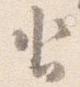
沓